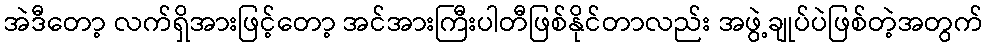
အဲဒီတော့ လက်ရှိအားဖြင့်တော့ အင်အားကြီးပါတီဖြစ်နိုင်တာလည်း အဖွဲ့ချုပ်ပဲဖြစ်တဲ့အတွက်